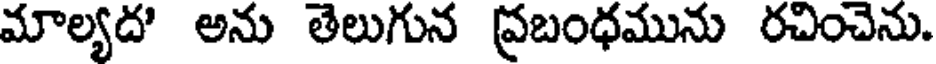
మాల్యద' అను తెలుగున ప్రబంధమును రచించెను.